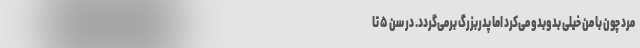
مرد چون با من خیلی بدوبدو می‌کرد اما پدربزرگ برمی‌گردد. در سن ۵ تا